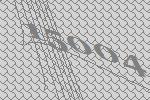
15004